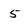
Character: 5